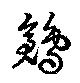
鶬